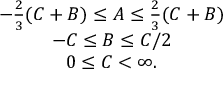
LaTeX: \begin{array} { c } { { - \frac { 2 } { 3 } ( C + B ) \leq A \leq \frac { 2 } { 3 } ( C + B ) } } \\ { { - C \leq B \leq C / 2 } } \\ { { 0 \leq C < \infty . } } \end{array}